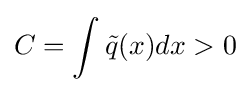
C=\int {\tilde {q}}(x)dx>0